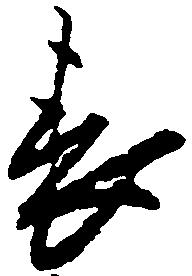
表